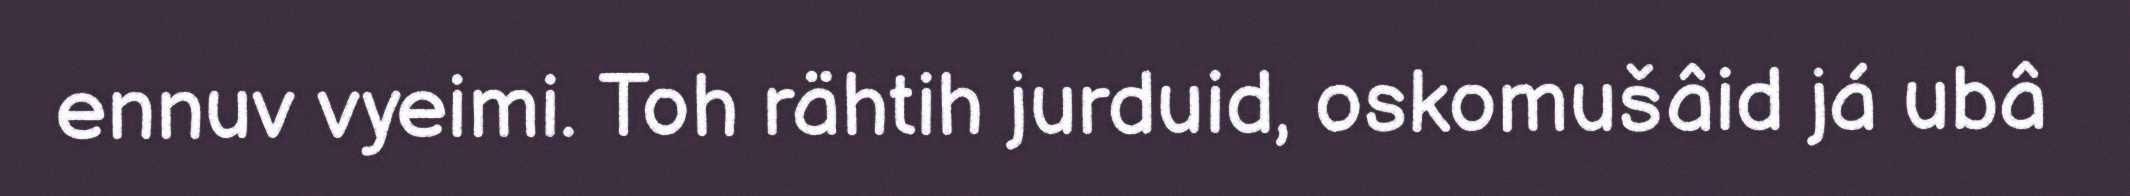
ennuv vyeimi. Toh rähtih jurduid, oskomušâid já ubâ